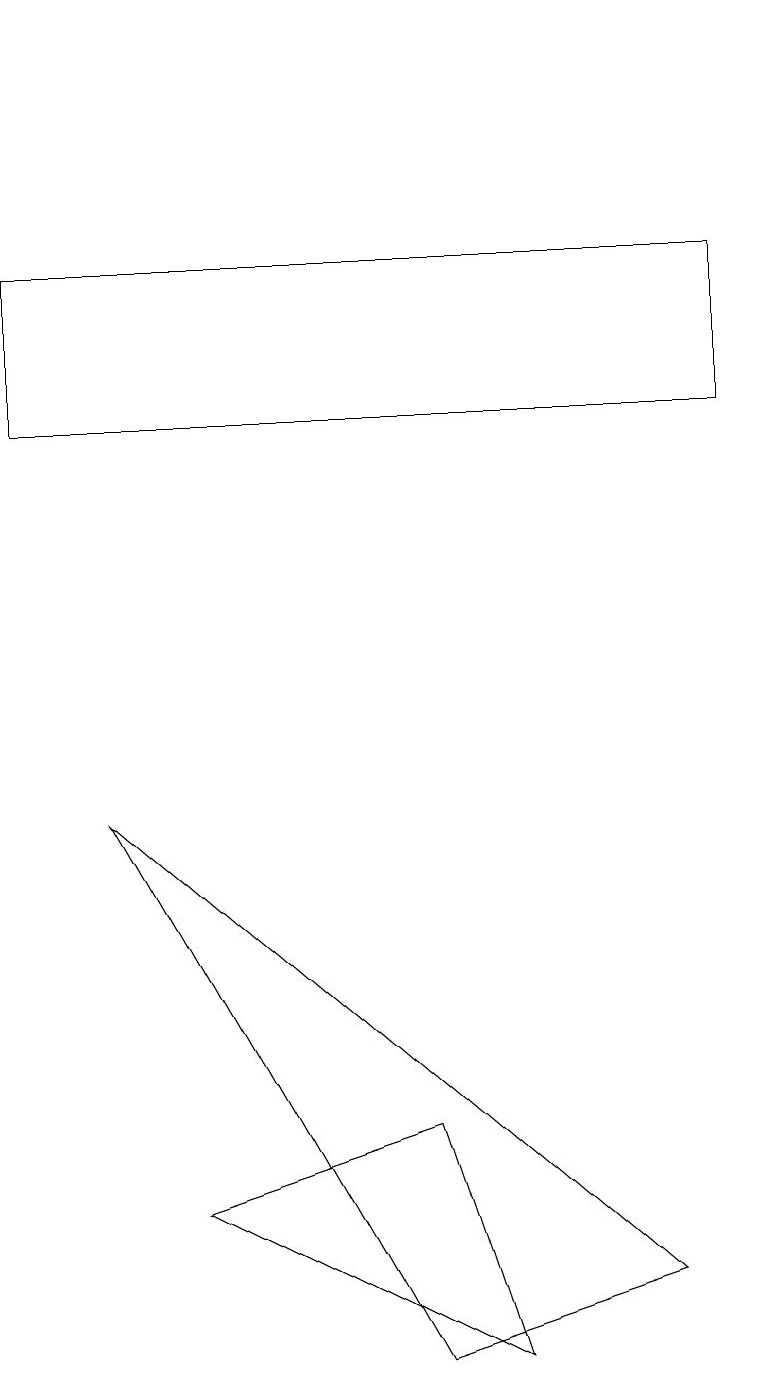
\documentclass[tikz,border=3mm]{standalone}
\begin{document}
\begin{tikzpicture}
\draw (2,3) -- (6,1) -- (5,4) -- cycle;
\draw (0,15) rectangle (9,13);
\draw (5,18) rectangle (5,18);
\draw (1,8) -- (8,2) -- (5,1) -- cycle;
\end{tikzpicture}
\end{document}